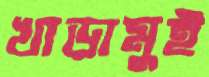
খাড়ামুই